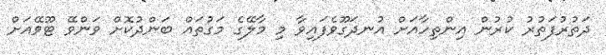
ދަތުރުފަތުރު ކުރުން އިންތިހާއަށް އުނދަގޫވެފައިވާ މި މާލޭގެ މަގުތައް ބަންދުކޮށް ވަންވޭ ޓޫވޭއަށް